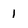
Character: 1